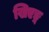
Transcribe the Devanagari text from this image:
खिएङ्ग